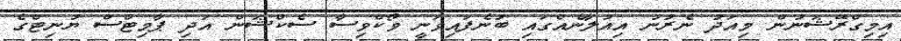
އިމިގްރޭޝަނުން މިއަދު ނެރުނު އިއުލާނެއްގައި ބުނެފައިވަނީ ވޯކްވިސާ ސެކްޝަން އަދި ޕާމިޓްސް ޔުނިޓްގެ